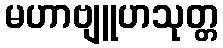
မဟာဗျူဟသုတ္တ